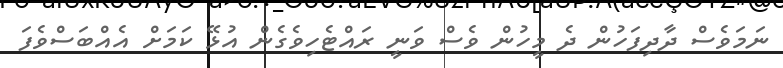
ނަމަވެސް ދާދިފަހުން ދެ މީހުން ވެސް ވަނީ ރައްޓެހިވެގެން އުޅޭ ކަމަށް އެއްބަސްވެފަ